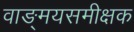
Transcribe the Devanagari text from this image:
वाङ्मयसमीक्षक